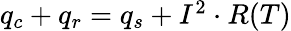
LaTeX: \begin{array}{r}{q_{c}+q_{r}=q_{s}+I^{2}\cdot R(T)}\end{array}